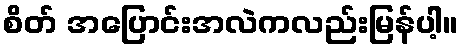
စိတ် အပြောင်းအလဲကလည်းမြန်ပါ့။